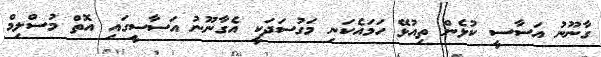
ގާނޫނު އަސާސީ ކުޅެން ތިއުޅޭ ހަމައެކަނި މަގުސަދަކީ އެގާނޫނު އަސާސީގައި އޮތް މުސްލިމް